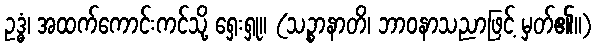
ဥဒ္ဓံ၊ အထက်ကောင်းကင်သို့ ရှေးရှု။ (သဉ္စာနာတိ၊ ဘာဝနာသညာဖြင့် မှတ်၏။)